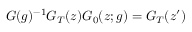
G ( g ) ^ { - 1 } G _ { T } ( z ) G _ { 0 } ( z ; g ) = G _ { T } ( z ^ { \prime } )